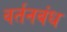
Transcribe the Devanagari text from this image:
वर्तनबंध